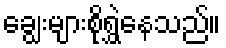
ချွေးများစိုရွှဲနေသည်။